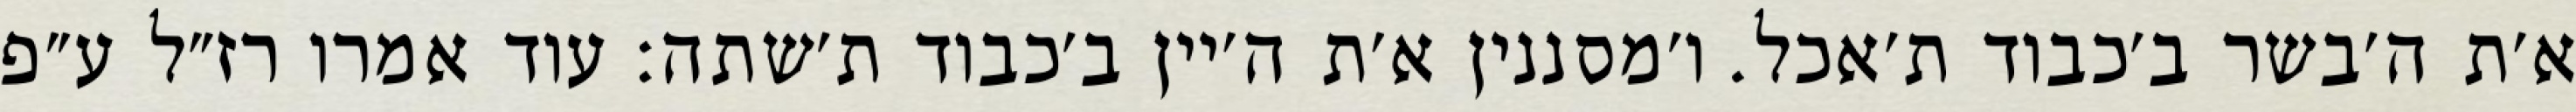
א׳ת ה׳בשר ב׳כבוד ת׳אכל. ו׳מסננין א׳ת ה׳יין ב׳כבוד ת׳שתה: עוד אמרו רז״ל ע״פ